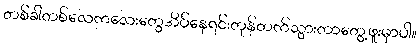
တစ်ခါတစ်လေကလေးတွေအိပ်နေရင်းတုန်တက်သွားတာတွေ့ဖူးမှာပါ။